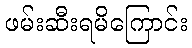
ဖမ်းဆီးရမိကြောင်း